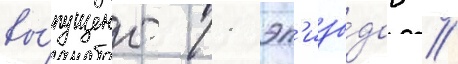
вы́пущено 11 эп'изо́дов //